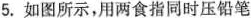
5.如图所示，用两食指同时压铅笔